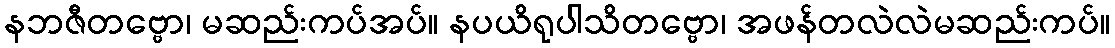
နဘဇီတဗ္ဗော၊ မဆည်းကပ်အပ်။ နပယိရုပါသိတဗ္ဗော၊ အဖန်တလဲလဲမဆည်းကပ်။